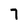
Character: 7